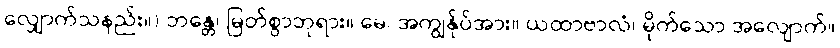
လျှောက်သနည်း။) ဘန္တေ၊ မြတ်စွာဘုရား။ မေ၊ အကျွန်ုပ်အား။ ယထာဗာလံ၊ မိုက်သော အလျောက်။